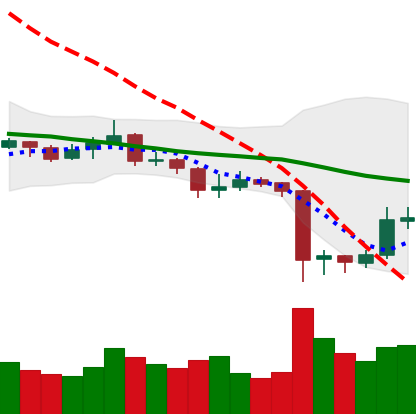
Ticker: XRP-USD
Chart end date: 2019-08-19
Forward return: -3.803%
Label: down_3_5